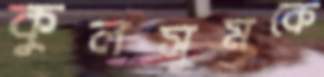
কুলসুমকে